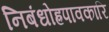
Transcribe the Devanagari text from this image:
निबंधोह्रपावकारि